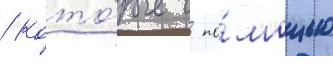
/ кото́рые с по́мощью